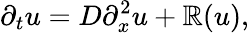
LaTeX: \partial_{t}u=D\partial_{x}^{2}u+\mathbb{R}(u),